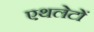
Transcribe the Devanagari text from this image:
एथलेटों